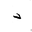
Letter: _dal